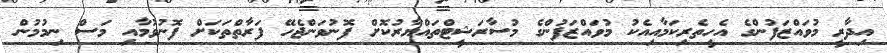
އިދާރީ މުވައްޒަފުންގެ އެހީތެރިކަމާއިއެކު މުވައްޒަފުންގެ މުސާރަޝީޓްތައްޔާރުކޮށް ފޮނުވަންޖެހޭ ފަރާތްތަކަށް ފޮނުވުމާއި މަސް ނިމުމުން